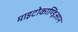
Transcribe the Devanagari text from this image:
माइटोकाण्ड्रिआन